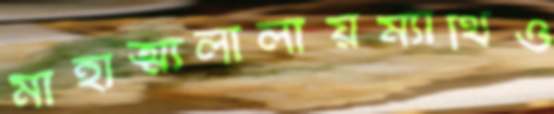
মাহাত্ম্যলালায়ম্যাথিও